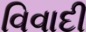
વિવાદી